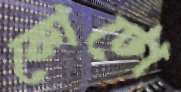
কোটো